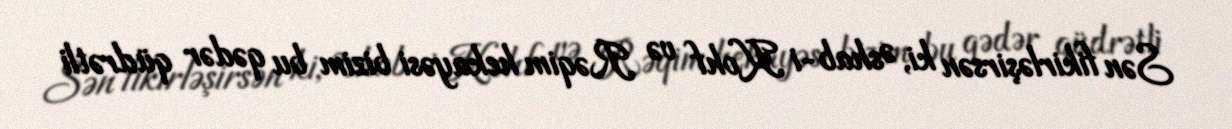
Sən fikirləşirsən ki, Əshab-i Kohf və Rəqim hekayəsi bizim bu qədər qüdrətli